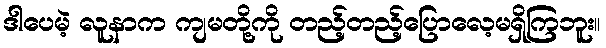
ဒါပေမဲ့ လူနာက ကျမတို့ကို တည့်တည့်ပြောလေ့မရှိကြဘူး။